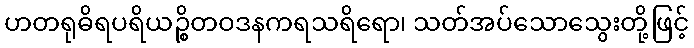
ဟတရုဓိရပရိယဉ္စိတဝဒနကရသရိရော၊ သတ်အပ်သောသွေးတို့ဖြင့်